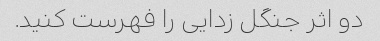
دو اثر جنگل زدایی را فهرست کنید.